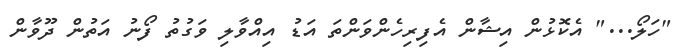
"ހަލޯ..." އެކޮޅުން އިޝާން އެފިރިހެންވަންތަ އަޑު އިއްވާލި ވަގުތު ފޯނު އަތުން ދޫވާން